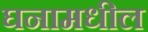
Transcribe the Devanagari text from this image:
घनामधील